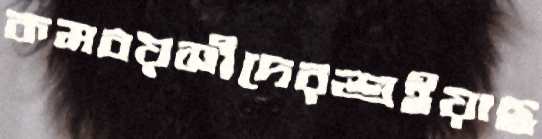
কমবয়সীদেরশুইয়াছ